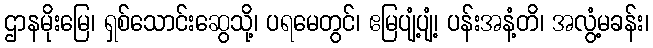
ဌာနမိုးမြေ၊ ရှစ်သောင်းဆွေသို့၊ ပရမေတွင်၊ ဧမြပျံ့ပျံ့၊ ပန်းအနံ့တိ၊ အလွံ့မခန်း၊